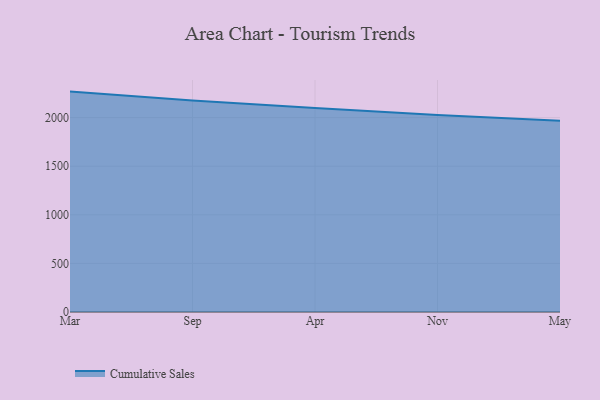
{"axis": {"x": "Month", "y": "Demand Index"}, "legend": ["Cumulative Sales"], "data": [{"x": "Mar", "y": 2267.3, "type": "Cumulative Sales"}, {"x": "Sep", "y": 2175.5, "type": "Cumulative Sales"}, {"x": "Apr", "y": 2097.6, "type": "Cumulative Sales"}, {"x": "Nov", "y": 2026.7, "type": "Cumulative Sales"}, {"x": "May", "y": 1968.6, "type": "Cumulative Sales"}]}